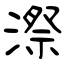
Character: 漈